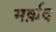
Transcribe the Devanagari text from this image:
मर्क़द